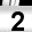
Digit: 2